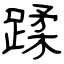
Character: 蹂